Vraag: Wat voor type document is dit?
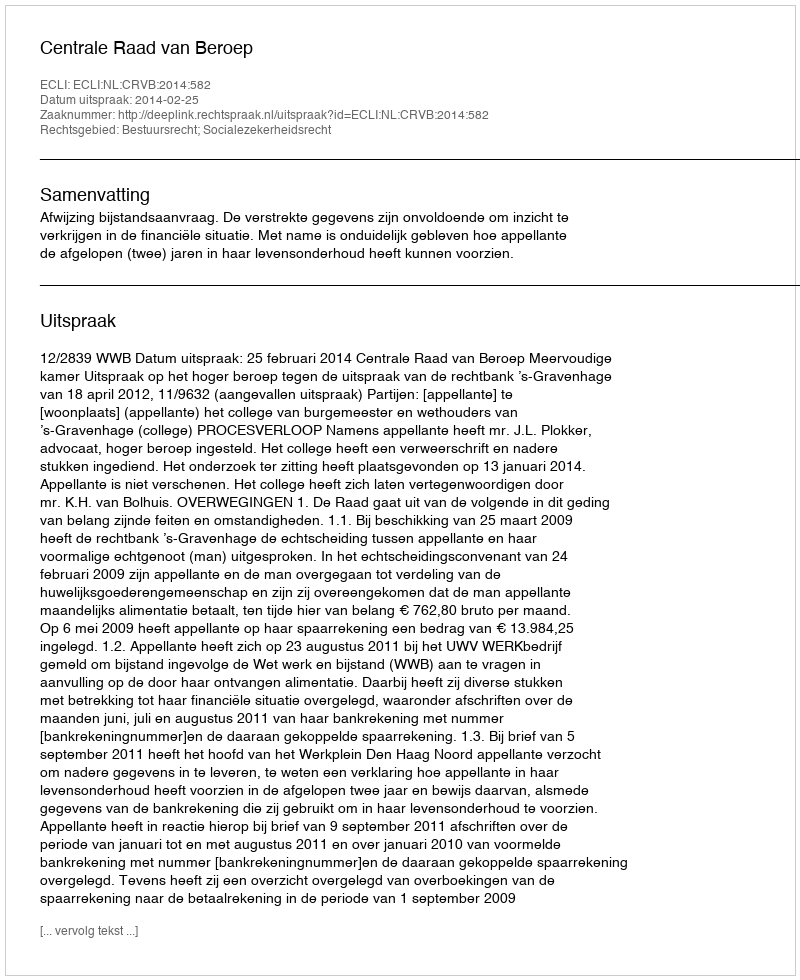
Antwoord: Uitspraak